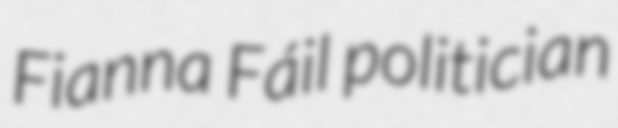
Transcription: Fianna Fáil politician